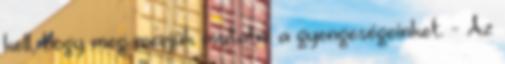
kell, hogy meg merjük mutatni a gyengeségeinket. - Az